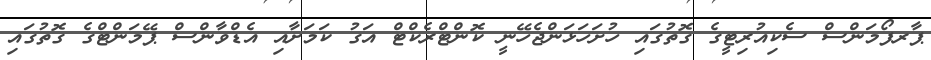
ޕާރފޯމަންސް ސެކިއުރިޓީގެ ގޮތުގައި ހުށަހަޅަންޖެހޭނީ ކޮންޓްރެކްޓް އަގު ކަމަށާއި އެޑްވާންސް ޕޭމަންޓްގެ ގޮތުގައި